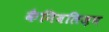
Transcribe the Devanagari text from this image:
कैनिबलिज़म